Reports on dispensaries and lunatic asylums in the Province of Oudh - 1869-1876
Year: 1869
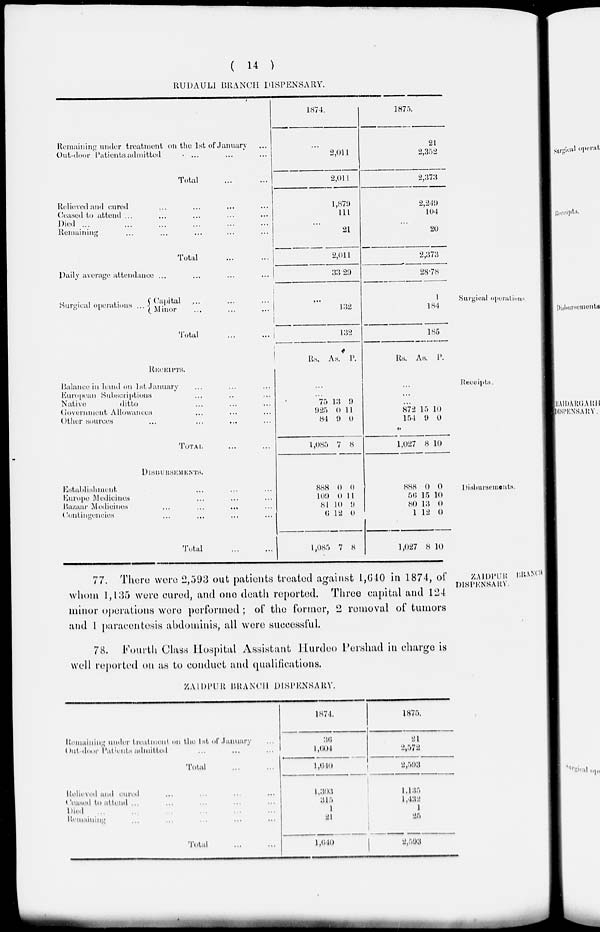
( 14 )
RUDAULI BRANCH DISPENSARY.
Remaining under treatment on the 1st of January ...
Out-door Patients admitted ... ... ...
Total ... ...
Relieved and cured ... ... ... ...
Ceased to attend ... ... ... ... ...
Died
...
...
...
...
...
...
Remaining ... ... ... ... ...
Total ... ...
Daily average attendance ... ... ... ...
1874.
...
2,011
2,011
1,879
111
...
21
2,011
33.29
1875.
21
2,352
2,373
2,249
104
...
20
2,373
28.78
Surgical operations
Surgical operations ...
Capital ... ... ...
Minor ... ... ...
Total ... ...
...
132
132
1
184
185
Receipts.
RECEIPTS.
Balance in hand on 1st January ... ... ...
European Subscriptions ... ... ...
Native
ditto ... ... ...
Government Allowances ... ... ...
Other sources ... ... ... ...
TOTAL ... ...
Rs. As. P.
...
...
75
925
84
l,085
13
0
9
7
9
11
0
8
Rs. As. P.
...
...
...
872
154
1,027
15
9
8
10
0
10
Disbursements.
DISBURSEMENTS.
Establishment ... ... ...
Europe Medicines ... ... ...
Bazaar Medicines
...
...
...
...
...
Contingencies ... ... ... ...
Total
...
...
888
109
81
6
1,085
0
0
10
12
7
0
11
9
0
8
888
56
80
1
1,027
0
15
13
12
8
0
10
0
0
10
ZAIDPUR BRANCH
DISPENSARY.
77. There were 2,593 out patients treated against 1,640 in 1874, of
whom 1,135 were cured, and one death reported. Three capital and 124
minor operations were performed ; of the former, 2 removal of tumors
and 1 paracentesis abdominis, all were successful.
78. Fourth Class Hospital Assistant Hurdeo Pershad in charge is
well reported on as to conduct and qualifications.
ZAIDPUR BRANCH DISPENSARY.
Remaining under treatment on the 1st of January ...
Out door Patients admitted ... ... ...
Total ... ...
Relieved and cured ... ... ... ...
Ceased to attend ... ... ... ... ...
Died ... ... ... ... ... ...
Remaining ... ... ... ... ...
Total ... ...
1874.
36
1,604
1,610
1,303
315
1
21
1,640
1875.
21
2,572
2,593
1,135
1,432
1
25
2,593